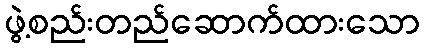
ဖွဲ့စည်းတည်ဆောက်ထားသော